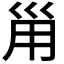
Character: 𡿲